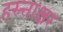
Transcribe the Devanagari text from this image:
हस्त्ताक्षर